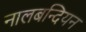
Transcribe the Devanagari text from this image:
नालबन्दियन